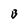
Character: B